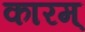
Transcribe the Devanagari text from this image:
कारम्